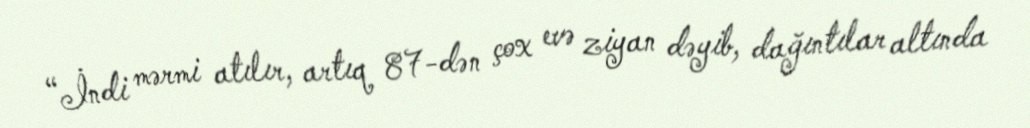
“İndi mərmi atılır, artıq 87-dən çox evə ziyan dəyib, dağıntılar altında